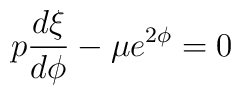
p\frac{d\xi}{d\phi}-\mu e^{2\phi}=0